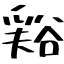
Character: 𧮾